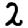
Digit: 2